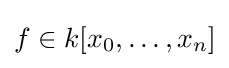
f\in k[x_{0},\dots ,x_{n}]